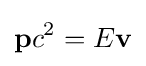
\mathbf {p} c^{2}=E\mathbf {v}